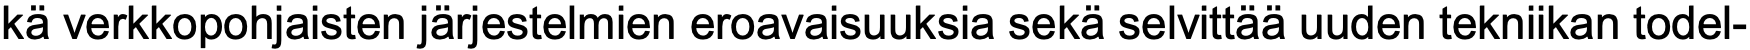
kä verkkopohjaisten järjestelmien eroavaisuuksia sekä selvittää uuden tekniikan todel-